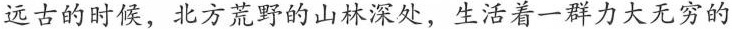
山林深处，生活着一群力大无穷的